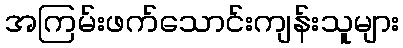
အကြမ်းဖက်သောင်းကျန်းသူများ